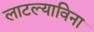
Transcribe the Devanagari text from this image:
लाटल्याविना